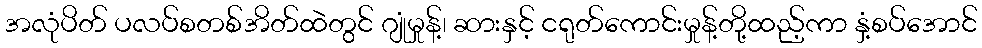
အလုံပိတ် ပလပ်စတစ်အိတ်ထဲတွင် ဂျုံမှုန့်၊ ဆားနှင့် ငရုတ်ကောင်းမှုန့်တို့ထည့်ကာ နှံ့စပ်အောင်